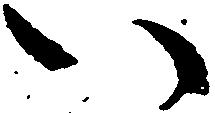
い